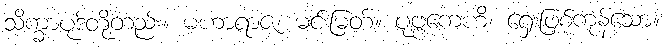
သိက္ခာပုဒ်တို့တည်း။ မဟာရာဇ၊ မင်းမြတ်။ ပုဗ္ဗကေဟိ၊ ရှေးဖြစ်ကုန်သော။